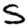
Digit: 5